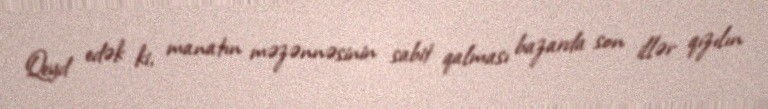
Qeyd edək ki, manatın məzənnəsinin sabit qalması bazarda son illər qızılın